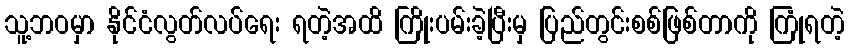
သူ့ဘဝမှာ နိုင်ငံလွတ်လပ်ရေး ရတဲ့အထိ ကြိုးပမ်းခဲ့ပြီးမှ ပြည်တွင်းစစ်ဖြစ်တာကို ကြုံရတဲ့